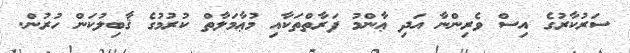
ސަރުކާރުގެ އިސް ވެރިންނާ އަދި ޢާންމު ފަރާތްތަކާއި މުޢާމަލާތް ކުރުމުގެ ޤާބިލުކަން ހުރުން.